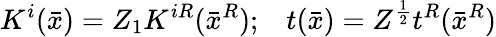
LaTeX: K^{i}(\bar{x})=Z_{1}K^{iR}(\bar{x}^{R});\; \; \; t(\bar{x})=Z^{\frac{1}{2}}t^{R}(\bar{x}^{R})